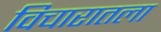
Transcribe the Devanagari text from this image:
विचारातला